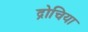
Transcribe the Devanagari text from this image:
द्रोचिया